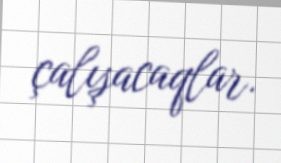
çalışacaqlar.